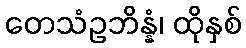
တေသံဥဘိန္နံ၊ ထိုနှစ်